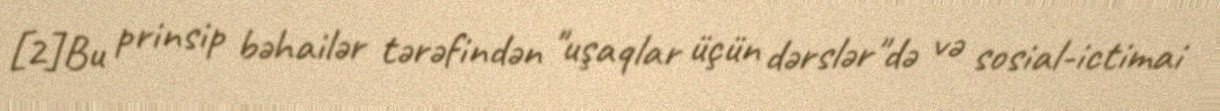
[2]Bu prinsip bəhailər tərəfindən "uşaqlar üçün dərslər"də və sosial-ictimai